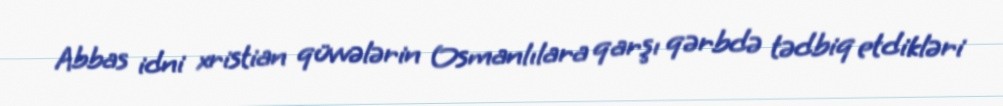
Abbas idni xristian qüvvələrin Osmanlılara qarşı qərbdə tədbiq etdikləri